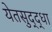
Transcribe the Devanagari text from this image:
येतसुद्द्धा